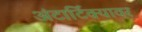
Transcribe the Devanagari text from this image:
अंटार्टिक्यावर